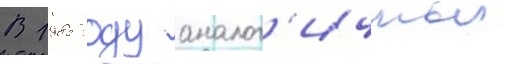
В 1985 году аналог'ичныи